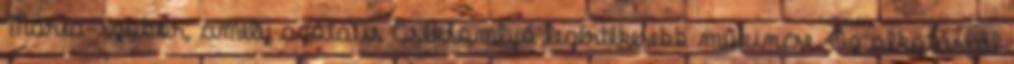
Mária-szobor, amely azóta is Csíksomlyó legértékesebb műkincse. Az alkotással